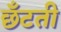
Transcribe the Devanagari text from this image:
छँटती